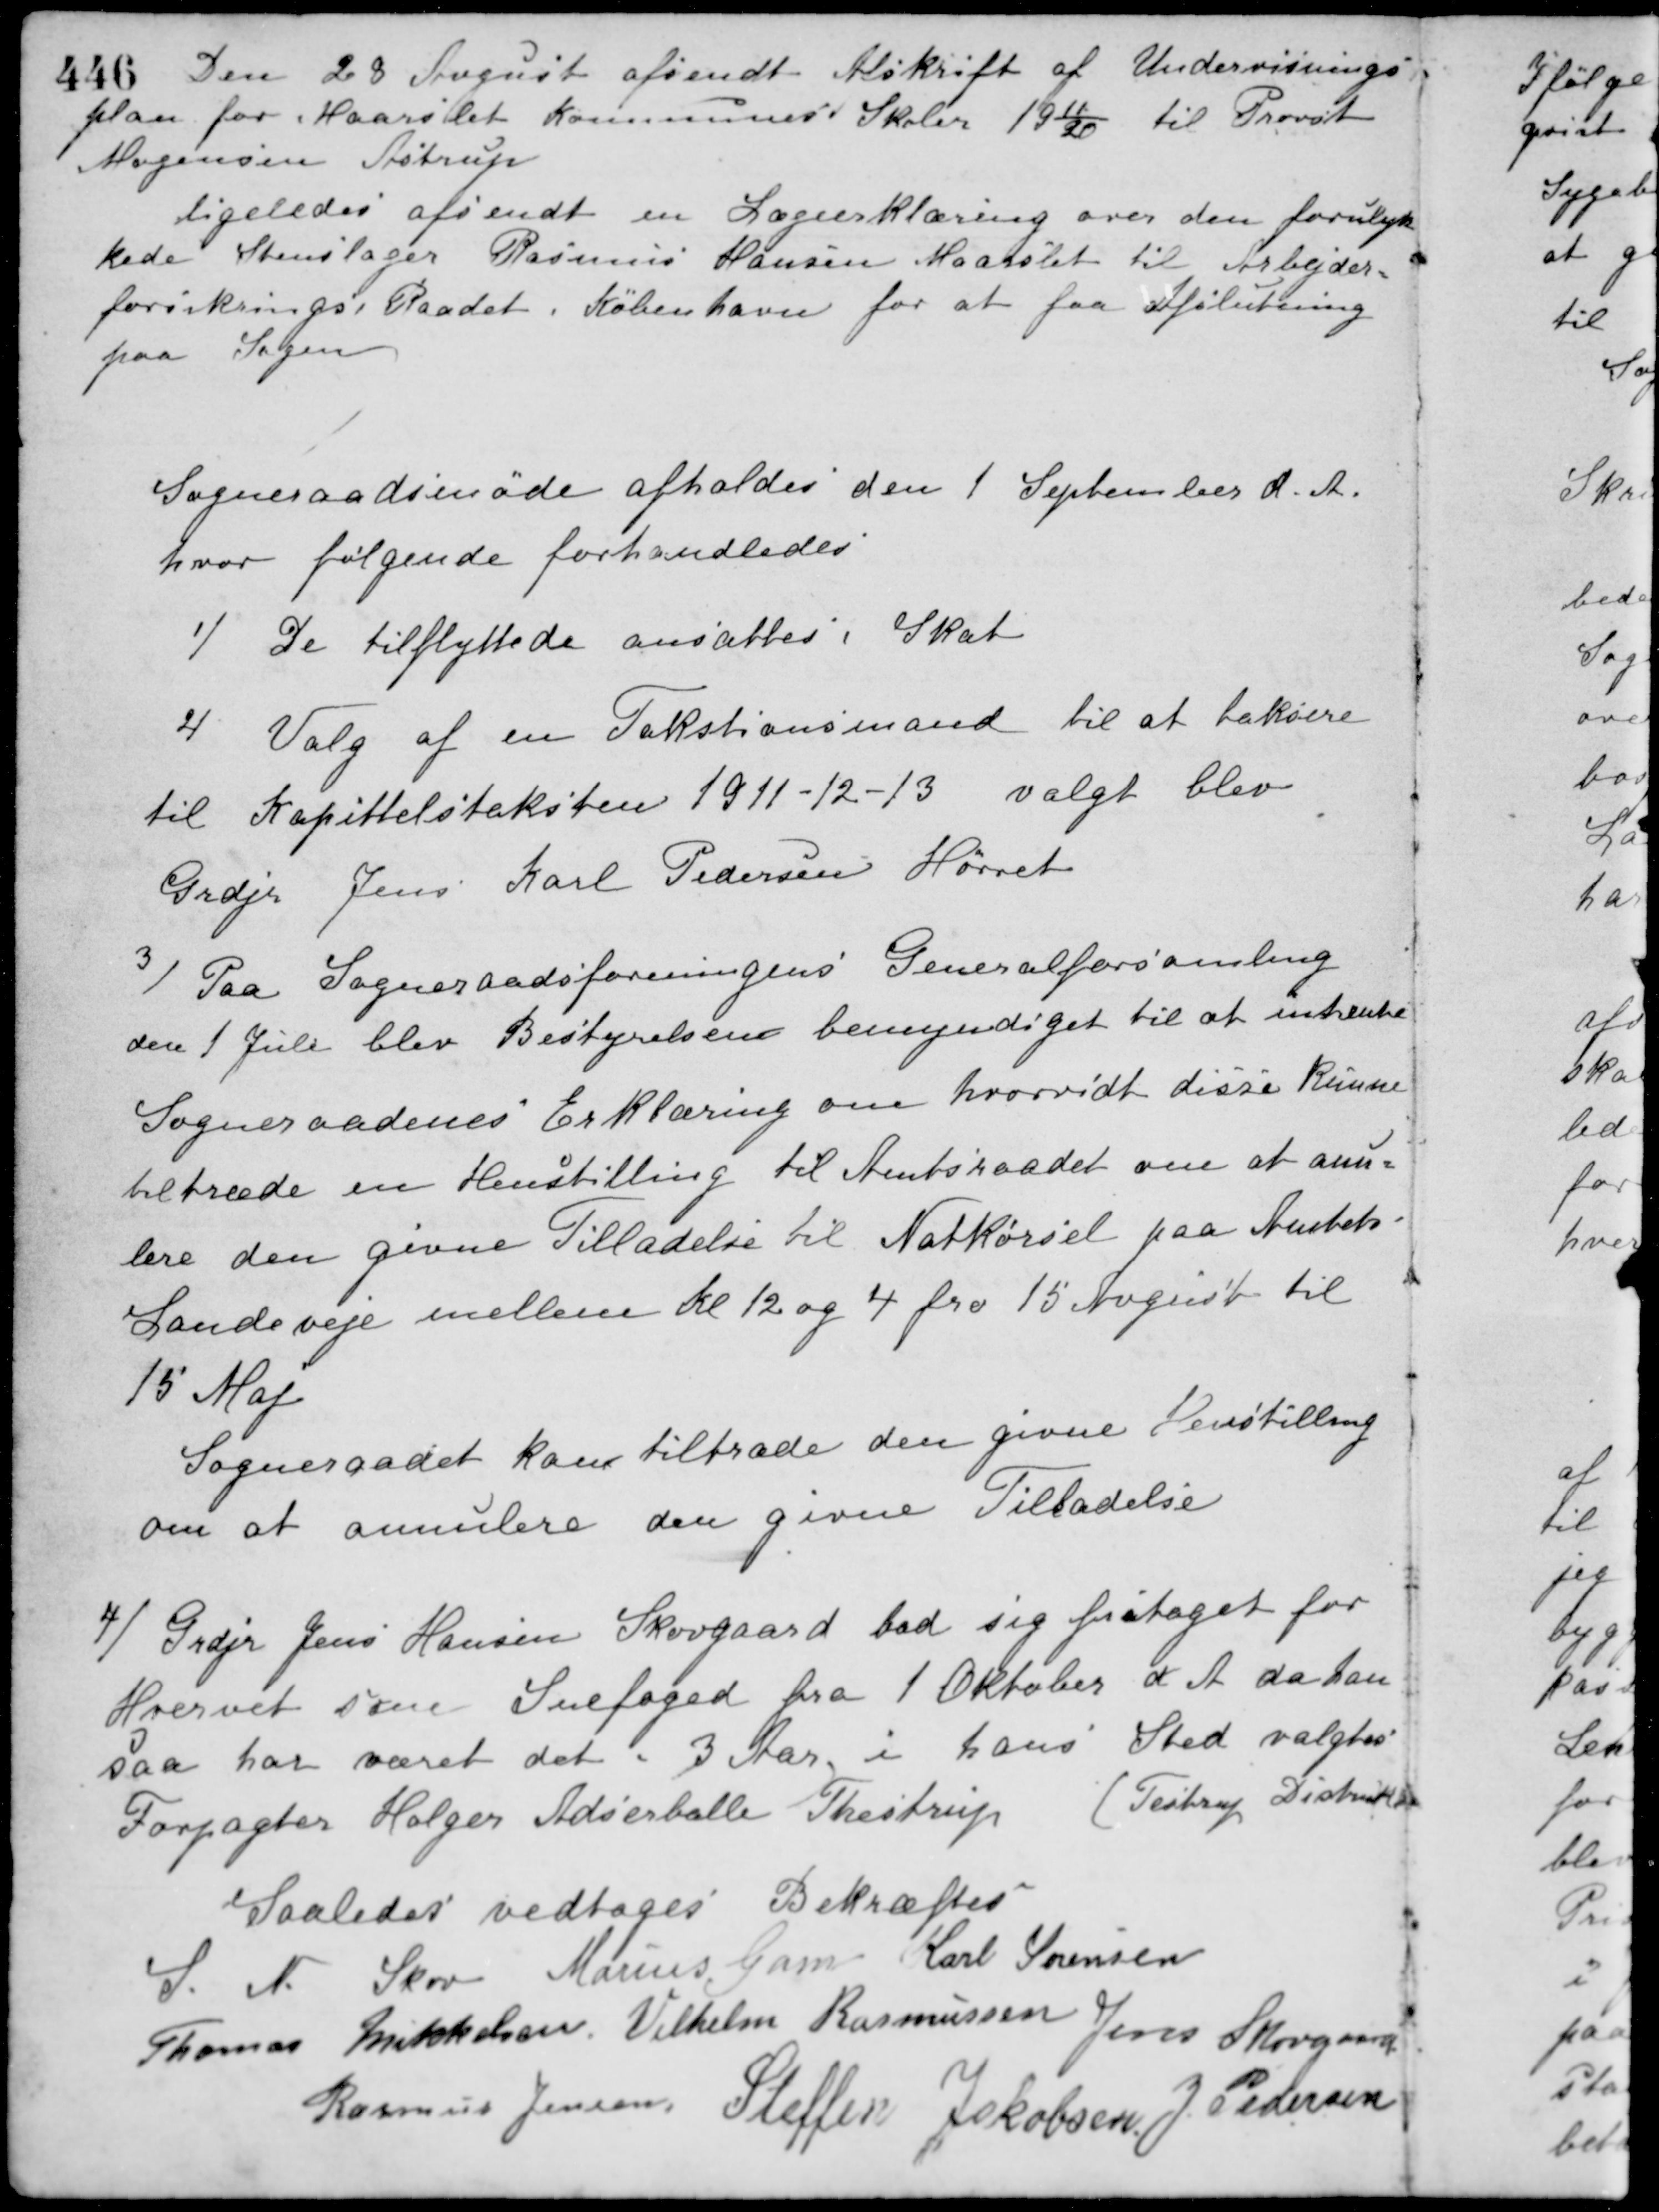
Transskription:
Den 28 August afsendt Afskrift af Undervisnings-
plan for Maarslet kommunes Skoler 1911/20 til Provst
Mogensen Astrup.
Ligeledes afsendt en Lægeerklæring over den forulyk-
kede Stenslager Rasmus Hansen Maarslet til Arbejder-
forsikrings Raadet i København for at faa Afslutning
paa Sagen.
Sogneraadsmøde afholdes den 1 September d. A.
hvor følgende forhandledes
1/ De tilflyttede ansattes i Skat.
2/ Valg af en Takstionsmand til at taksere
til Kapittelstaksten 1911-12-13 valgt blev
Grdjr. Jens Karl Pedersen Hørret.
3/ Paa Sogneraadsforeningens Generalforsamling
den 1 Juli blev Bestyrelsen bemyndiget til at indhente
Sogneraadenes Erklæring om hvorvidt disse kunne
tiltræde en Henstilling til Amtsraadet om at anu-
lere den givne Tilladelse til Natkørsel paa Amtets
Landeveje mellem Kl. 12 og 4 fra 15 August til
15 Maj
Sogneraadet kan tiltræde den givne Henstilling
om at annulere den givne Tilladelse.
4/ Grdjr. Jens Hansen Skovgaard bad sig fritaget for
Hvervet som Snefoged fra 1 Oktober d. A. da han
saa har været det i 3 Aar i hans Sted valgtes
Forpagter Holger Adserballe Thestrup.
(Testrup Distrikt)
Saaledes vedtaget Bekræftes
S. N. Skov Marius Gam Karl Sørensen
Thomas Mikkelsen Vilhelm Rasmussen Jens Skovgaard
Rasmus Jensen Steffen Jakobsen J. Pedersen